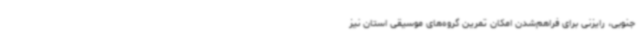
جنوبی، رایزنی برای فراهم‌شدن امکان تمرین گروه‌های موسیقی استان نیز